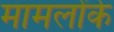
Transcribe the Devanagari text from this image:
मामलोंके